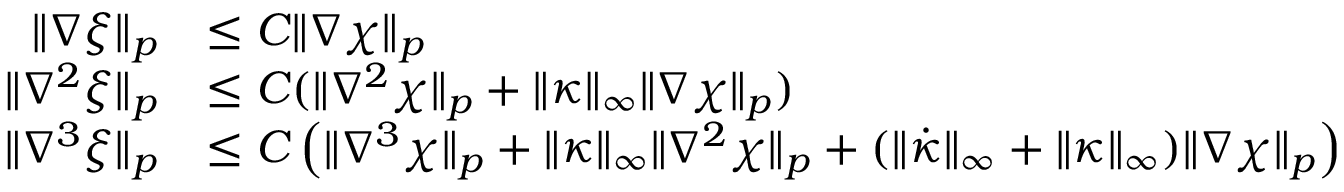
\begin{array} { r l } { \| \nabla \xi \| _ { p } } & { \leq C \| \nabla \chi \| _ { p } } \\ { \| \nabla ^ { 2 } \xi \| _ { p } } & { \leq C ( \| \nabla ^ { 2 } \chi \| _ { p } + \| \kappa \| _ { \infty } \| \nabla \chi \| _ { p } ) } \\ { \| \nabla ^ { 3 } \xi \| _ { p } } & { \leq C \left( \| \nabla ^ { 3 } \chi \| _ { p } + \| \kappa \| _ { \infty } \| \nabla ^ { 2 } \chi \| _ { p } + ( \| \dot { \kappa } \| _ { \infty } + \| \kappa \| _ { \infty } ) \| \nabla \chi \| _ { p } \right) } \end{array}